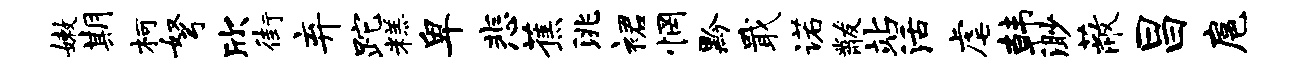
嫩期柯弩欣街弃跎糕卑悲蕉洮裙惘黔戢诺黻站活虐韩渺蔽昌扈